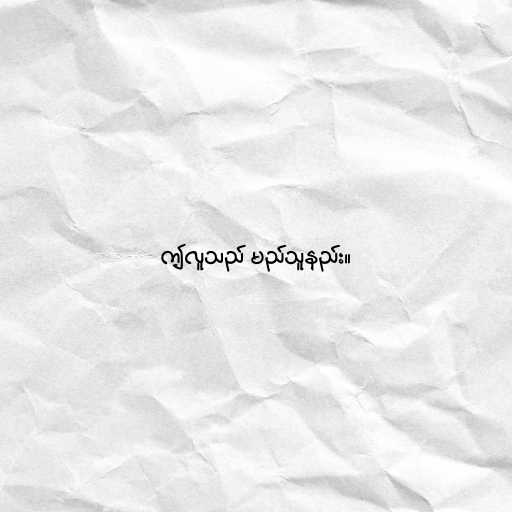
ဤလူသည် မည်သူနည်း။